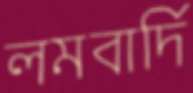
লমবার্দি